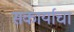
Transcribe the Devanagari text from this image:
सकार्याचा